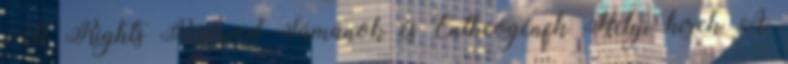
All Rights Reserved Sámánok és Entheogének Helyi hírek A